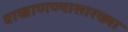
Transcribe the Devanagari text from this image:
वाखाणण्यासारख्या